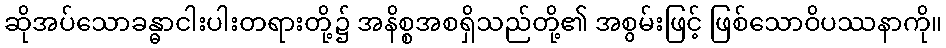
ဆိုအပ်သောခန္ဓာငါးပါးတရားတို့၌ အနိစ္စအစရှိသည်တို့၏ အစွမ်းဖြင့် ဖြစ်သောဝိပဿနာကို။